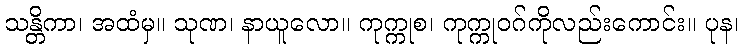
သန္တိကာ၊ အထံမှ။ သုဏ၊ နာယူလော။ ကုက္ကုစ၊ ကုက္ကုဝဂ်ကိုလည်းကောင်း။ ပုန၊